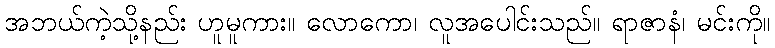
အဘယ်ကဲ့သို့နည်း ဟူမူကား။ လောကော၊ လူအပေါင်းသည်။ ရာဇာနံ၊ မင်းကို။